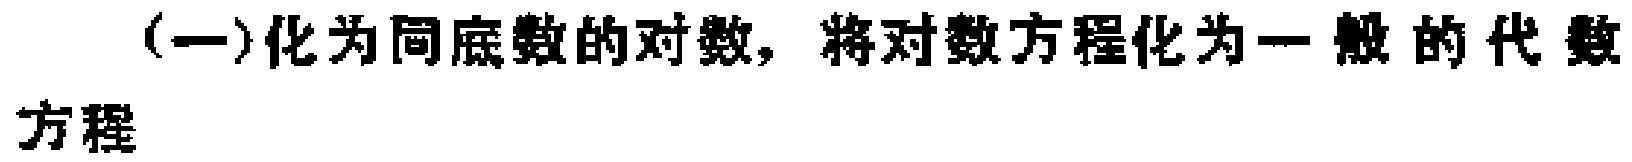
(一)化为同底数的对数，将对数方程化为一般的代数方程